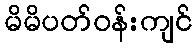
မိမိပတ်ဝန်းကျင်